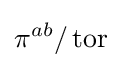
\pi ^{ab}/\operatorname {tor}